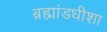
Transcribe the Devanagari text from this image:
ब्रह्मांडधीशा